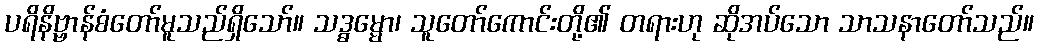
ပရိနိဗ္ဗာန်စံတော်မူသည်ရှိသော်။ သဒ္ဓမ္မော၊ သူတော်ကောင်းတို့၏ တရားဟု ဆိုအပ်သော သာသနာတော်သည်။